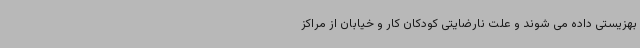
بهزیستی داده می شوند و علت نارضایتی کودکان کار و خیابان از مراکز